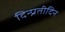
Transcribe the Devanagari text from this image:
दिन्प्रतीदिन